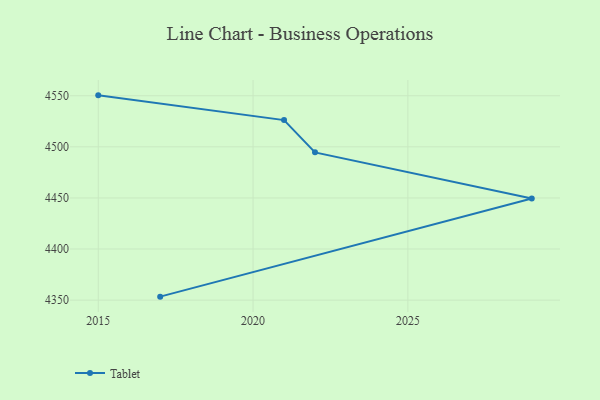
{"axis": {"x": "Year", "y": "Headcount"}, "legend": ["Tablet"], "data": [{"x": "2017", "y": 4353.4, "type": "Tablet"}, {"x": "2029", "y": 4449.4, "type": "Tablet"}, {"x": "2022", "y": 4494.6, "type": "Tablet"}, {"x": "2021", "y": 4526.2, "type": "Tablet"}, {"x": "2015", "y": 4550.4, "type": "Tablet"}]}